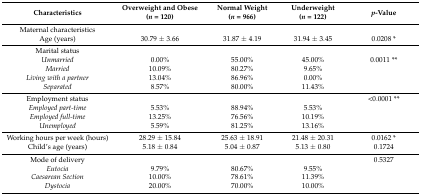
<table><thead><tr><td><b>Characteristics</b></td><td><b>Overweight and Obese (<i>n</i> = 120)</b></td><td><b>Normal Weight (<i>n</i> = 966)</b></td><td><b>Underweight (<i>n</i> = 122)</b></td><td><b><i>p</i>-Value</b></td></tr></thead><tbody><tr><td>Maternal characteristics</td><td></td><td></td><td></td><td></td></tr><tr><td>Age (years)</td><td>30.79 ± 3.66</td><td>31.87 ± 4.19</td><td>31.94 ± 3.45</td><td>0.0208 *</td></tr><tr><td>Marital status</td><td></td><td></td><td></td><td></td></tr><tr><td><i>Unmarried</i></td><td>0.00%</td><td>55.00%</td><td>45.00%</td><td>0.0011 **</td></tr><tr><td><i>Married</i></td><td>10.09%</td><td>80.27%</td><td>9.65%</td><td></td></tr><tr><td><i>Living with a partner</i></td><td>13.04%</td><td>86.96%</td><td>0.00%</td><td></td></tr><tr><td><i>Separated</i></td><td>8.57%</td><td>80.00%</td><td>11.43%</td><td></td></tr><tr><td>Employment status</td><td></td><td></td><td></td><td>&lt;0.0001 **</td></tr><tr><td><i>Employed part-time</i></td><td>5.53%</td><td>88.94%</td><td>5.53%</td><td></td></tr><tr><td><i>Employed full-time</i></td><td>13.25%</td><td>76.56%</td><td>10.19%</td><td></td></tr><tr><td><i>Unemployed</i></td><td>5.59%</td><td>81.25%</td><td>13.16%</td><td></td></tr><tr><td>Working hours per week (hours)</td><td>28.29 ± 15.84</td><td>25.63 ± 18.91</td><td>21.48 ± 20.31</td><td>0.0162 *</td></tr><tr><td>Child’s age (years)</td><td>5.18 ± 0.84</td><td>5.04 ± 0.87</td><td>5.13 ± 0.80</td><td>0.1724</td></tr><tr><td>Mode of delivery </td><td></td><td></td><td></td><td>0.5327</td></tr><tr><td><i>Eutocia</i></td><td>9.79%</td><td>80.67%</td><td>9.55%</td><td></td></tr><tr><td><i>Caesarean Section</i></td><td>10.00%</td><td>78.61%</td><td>11.39%</td><td></td></tr><tr><td><i>Dystocia</i></td><td>20.00%</td><td>70.00%</td><td>10.00%</td><td></td></tr></tbody></table>